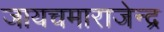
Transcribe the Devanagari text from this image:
जायचमाराजेन्द्र